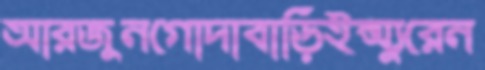
আরজুনগোদাবাড়িইন্স্যুরেন